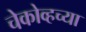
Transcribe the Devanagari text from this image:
चेकोव्हच्या